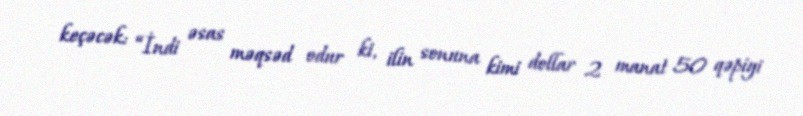
keçəcək: “İndi əsas məqsəd odur ki, ilin sonuna kimi dollar 2 manat 50 qəpiyi